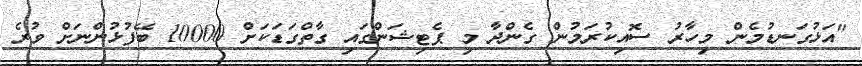
"އަޅުގަނޑުމެން މިހާރު ސޮއިކުރަމުން ގެންދާ މި ޕެޓިޝަންގައި ގާތްގަޑަކަށް 10000 ބޭފުޅުންނަށް ވުރެ